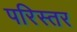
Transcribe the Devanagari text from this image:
परिस्तर